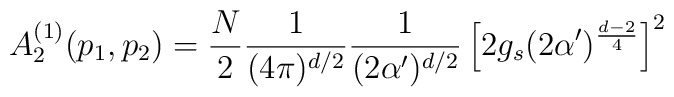
A_{2}^{(1)} (p_{1},p_{2})= \frac{N}{2} \frac{1}{(4 \pi)^{d/2}} \frac{1}{(2 \alpha')^{d/2}}\left[ 2 g_{s } ( 2 \alpha')^{\frac{d-2}{4}} \right]^{2}